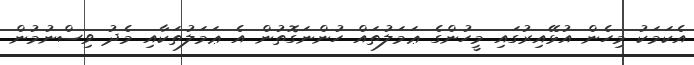
އެކަމަކު މިހެން އުޅޭއިރުގައި މީހުންގެ ޢަމަލުތައް ހުންނަގޮތުން އެ ޢަމަލުތަކާއި މެދު ވިސްނުމުން